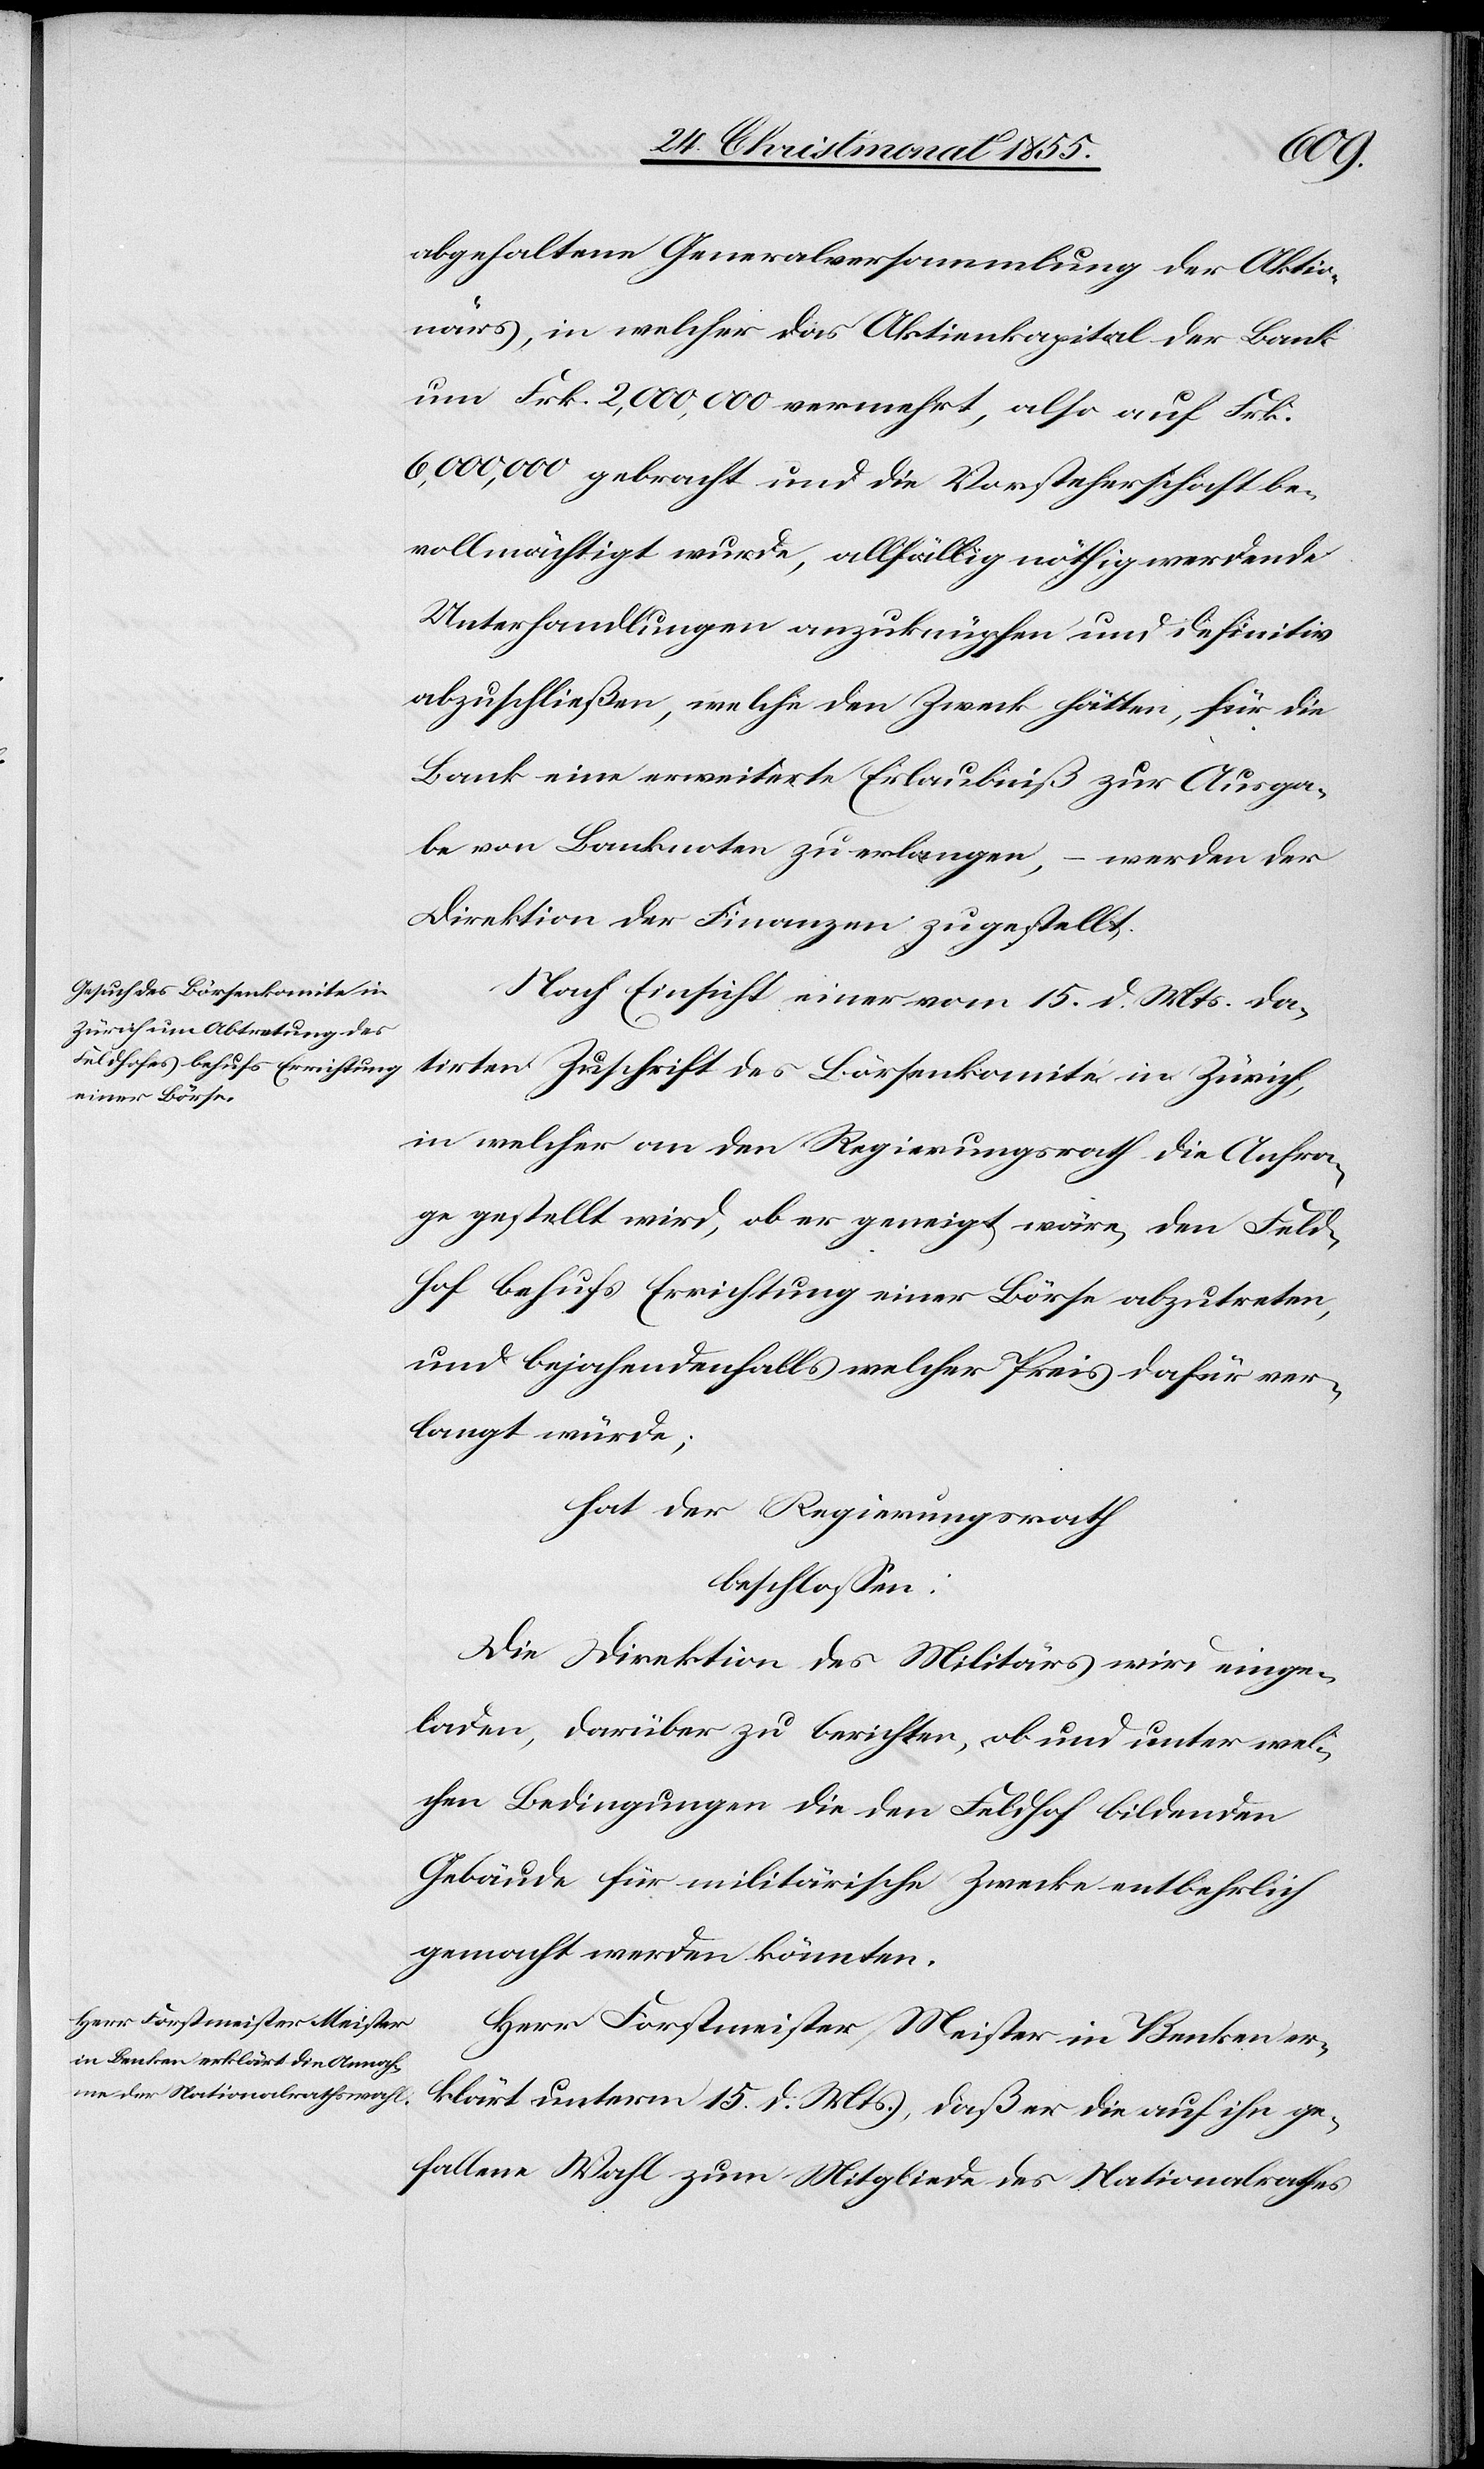
abgehaltene Generalversammlung der Aktio¬
närs, in welcher das Aktienkapital der Bank
um Frk. 2,000,000 vermehrt, also auf Frk.
6,000,000 gebracht und die Vorsteherschaft be¬
vollmächtigt wurde, allfällig nöthig werdende
Unterhandlungen anzuknüpfen und definitiv
abzuschließen, welche den Zweck hätten, für die
Bank eine erweiterte Erlaubniß zur Ausga¬
be von Banknoten zu erlangen, – werden der
Direktion der Finanzen zugestellt.
Nach Einsicht einer vom 15. d. Mts. da¬
tirten Zuschrift des Börsenkomité in Zürich,
in welcher an den Regierungsrath die Anfra¬
ge gestellt wird, ob er geneigt wäre, den Feld¬
hof behufs Errichtung einer Börse abzutreten,
und bejahendenfalls welcher Preis dafür ver¬
langt würde;
hat der Regierungsrath
beschlossen:
Die Direktion des Militärs wird einge¬
laden, darüber zu berichten, ob und unter wel¬
chen Bedingungen die den Feldhof bildenden
Gebäude für militärische Zwecke entbehrlich
gemacht werden könnten.
Herr Forstmeister Meister in Benken er¬
klärt unterm 15. d. Mts., daß er die auf ihn ge¬
fallene Wahl zum Mitgliede des Nationalrathes